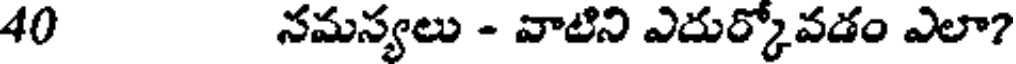
40 నమస్యలు - వాటిని ఎదుర్కోవడం ఎలా?